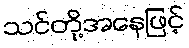
သင်တို့အနေဖြင့်